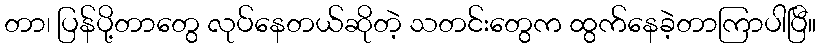
တာ၊ ပြန်ပို့တာတွေ လုပ်နေတယ်ဆိုတဲ့ သတင်းတွေက ထွက်နေခဲ့တာကြာပါပြီ။